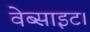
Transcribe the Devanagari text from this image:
वेब्साइट।